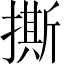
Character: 撕